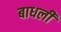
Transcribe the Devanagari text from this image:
बाधली